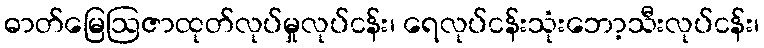
ဓာတ်မြေဩဇာထုတ်လုပ်မှုလုပ်ငန်း၊ ရေလုပ်ငန်းသုံးဘော့သီးလုပ်ငန်း၊